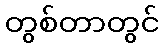
တွစ်တာတွင်